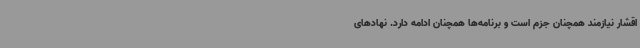
اقشار نیازمند همچنان جزم است و برنامه‌ها همچنان ادامه دارد. نهادهای